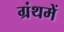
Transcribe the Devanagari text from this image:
ग्रंथमें